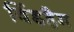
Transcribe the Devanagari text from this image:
विंडहैम